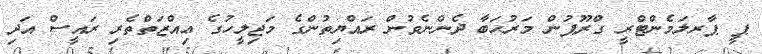
ޕީ ޕާރލަމެންޓްރީ ގްރޫޕުން މަރުޙަބާ ދެންނެވުން ރައްޔިތުންގެ މަޖިލީހުގެ ޢިއްޒަތްތެރި ރައީސް އަދި